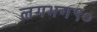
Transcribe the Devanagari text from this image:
लगभग९०